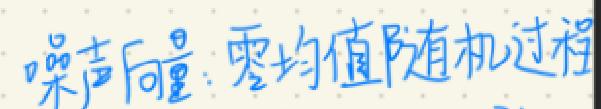
噪声向量：零均值随机过程